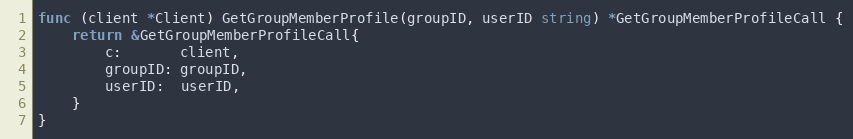
Language: Go
func (client *Client) GetGroupMemberProfile(groupID, userID string) *GetGroupMemberProfileCall {
	return &GetGroupMemberProfileCall{
		c:       client,
		groupID: groupID,
		userID:  userID,
	}
}